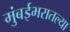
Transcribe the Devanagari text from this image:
मुंबईभरातल्या